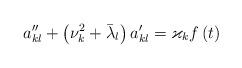
LaTeX: \begin{align*}a_{kl}^{\prime \prime }+\left( \nu _{k}^{2}+\bar{\lambda}_{l}\right)a_{kl}^{\prime }=\varkappa _{k}f\left( t\right) \end{align*}